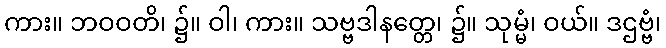
ကား။ ဘဝဝတိ၊ ၌။ ဝါ၊ ကား။ သဗ္ဗဒါနတ္တေ၊ ၌။ သုမ္မံ၊ ဝယ်။ ဒဌဗ္ဗံ၊